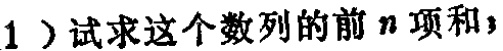
（1）试求这个数列的前\(n\)项和；